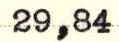
29,84